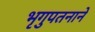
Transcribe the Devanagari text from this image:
भृगुपतनाने